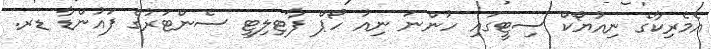
އެމެރިކާގެ ނިއުޔޯކް ސިޓީގައި ހުންނަ ނިއު ހޯޕް ފާޓިލިޓީ ސެންޓަރުގެ ފައުންޑާ ޑރ.